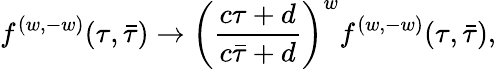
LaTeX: {f^{(w,-w)}(\tau,\bar{\tau})\to\left({\frac{c\tau+d}{c\bar{\tau}+d}}\right)^{w}f^{(w,-w)}(\tau,\bar{\tau}),}